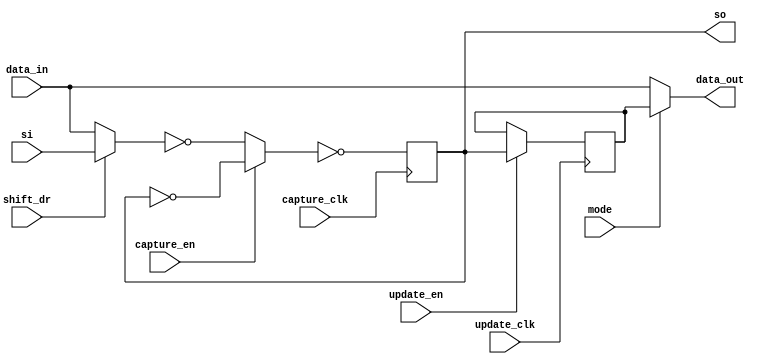


//-------------------------------------------------------------------------------------------------
//
// Title       : DW_bc_1
// Design      : Boundary Scan Cell Type BC_1
//
//-------------------------------------------------------------------------------------------------
// Description : DW_bc_1 is a boundary scan cell that can be used as a system input cell or as an 
// output cell. When used as an input cell, DW_bc_1 provides control over the inputs to the core 
// logic of the IC. When used as an output cell, DW_bc_1 provides control over the IC output 
// signals. 
// 
// The DW_bc_1 cell can be synchronous or asynchronous with respect to tck (Test Clock system pin), 
// depending on the port connections. The mode signal gives the Test Access Port (TAP) instructions 
// control of the boundary scan cell.
//-------------------------------------------------------------------------------------------------			
module DW_bc_1 ( 
         capture_clk,  //Clocks data into the capture stage
         update_clk,   //Clocks data into the update stage
         capture_en,   //Enable for data clocked into the capture stage, active low
         update_en,    //Enable for data clocked into the update stage, active high
         shift_dr,     //Enables the boundary scan chain to shift data one stage
                       //toward its serial output (tdo)
         mode,         //Determines whether data_out is controlled by the
                       //boundary scan cell or by the data_in signal
         si,           //Serial path from the previous boundary scan cell
         data_in,      //Input data
         data_out,     //output data
         so            //Serial path to the next boundary scan cell
)/* synthesis syn_builtin_du = "weak" */;

//Input/output declaration
input   capture_clk;
input   update_clk;
input   capture_en;
input   update_en;
input   shift_dr;
input   mode;
input   si;
input   data_in;
output  data_out;
output  so;

//Singnal declaration
reg     capt_out;
reg     update_out;

wire data_out = mode ? update_out : data_in;
wire update_sig = update_en ? capt_out : update_out;

always @( posedge update_clk )
   update_out <= update_sig;

wire shft_out = shift_dr ? si : data_in;
wire capt_sig =  capture_en ? ~capt_out : ~shft_out;

always @( posedge capture_clk )
   capt_out <= ~capt_sig;

wire so = capt_out;

endmodule